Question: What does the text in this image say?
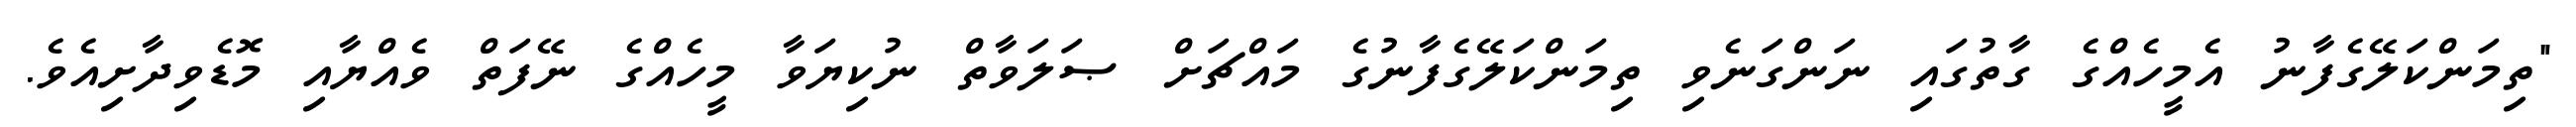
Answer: "ތިމަންކަލޭގެފާނު އެމީހެއްގެ ގާތުގައި ނަންގަނެވި ތިމަންކަލޭގެފާނުގެ މައްޗަށް ޞަލަވާތް ނުކިޔަވާ މީހެއްގެ ނޭފަތް ވެއްޔާއި މޮޑެވިދާށިއެވެ.